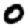
Digit: 0